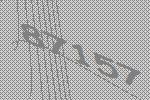
87157